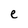
Character: e